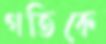
গতিকে